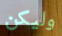
وليكن